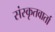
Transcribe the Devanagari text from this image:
संस्कृतवार्ता